Senior Leaving Certificate Examination (including Day School Certificate (Higher) General paper), 1950
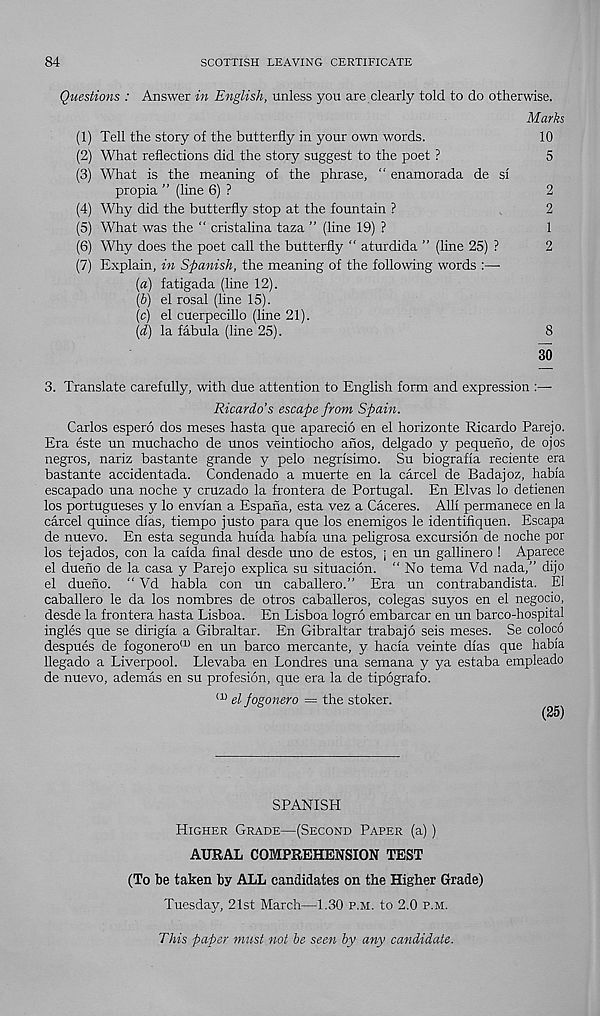
84
SCOTTISH LEAVING CERTIFICATE
Questions : Answer in English, unless you are clearly told to do otherwise.
Marks
10
5
2
2
1
2
8
30
3. Translate carefully, with due attention to English form and expression :—
Ricardo’s escape from Spain.
Carlos espero dos meses hasta que aparecio en el horizonte Ricardo Parejo.
Era este un muchacho de unos veintiocho anos, delgado y pequeno, de ojos
negros, nariz bastante grande y pelo negrisimo. Su biografia reciente era
bastante accidentada. Condenado a muerte en la carcel de Badajoz, habia
escapado una noche y cruzado la frontera de Portugal. En Elvas lo detienen
los portugueses y lo envian a Espaha, esta vez a Caceres. Alii permanece en la
carcel quince dias, tiempo justo para que los enemigos le identifiquen. Escapa
de nuevo. En esta segunda huida habia una peligrosa excursion de noche por
los tejados, con la caida final desde uno de estos, ; en un gallinero ! Aparece
el dueno de la casa y Parejo explica su situacion. “ No tema Vd nada,” dijo
el dueno. “ Vd habia con un caballero.” Era un contrabandista. El
caballero le da los nombres de otros Caballeros, colegas suyos en el negocio,
desde la frontera hasta Lisboa. En Lisboa logro embarcar en un barco-hospital
ingles que se dirigia a Gibraltar. En Gibraltar trabajo seis meses. Se coloco
despues de fogonero (1) en un barco mercante, y hacia veinte dias que habia
llegado a Liverpool. Llevaba en Londres una semana y ya estaba empleado
de nuevo, ademas en su profesion, que era la de tipografo.
(1) elfogonero = the stoker.
(25)
(1) Tell the story of the butterfly in your own words.
(2) What reflections did the story suggest to the poet ?
(3) What is the meaning of the phrase, “ enamorada de si
propia ” (line 6) ?
(4) Why did the butterfly stop at the fountain ?
(5) What was the “ cristalina taza ” (line 19) ?
(6) Why does the poet call the butterfly “ aturdida ” (line 25) ?
(7) Explain, in Spanish, the meaning of the following words
(#) fatigada (line 12).
(b) el rosal (line 15).
(c) el cuerpecillo (line 21).
\d) la fibula (line 25).
SPANISH
Higher Grade—(Second Paper (a) )
AURAL COMPREHENSION TEST
(To be taken by ALL candidates on the Higher Grade)
Tuesday, 21st March—1.30 p.m. to 2.0 p.m.
This paper must not be seen by any candidate.